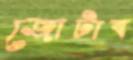
জোটাব